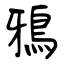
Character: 鴉